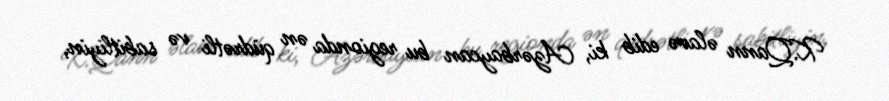
K.Qann əlavə edib ki, Azərbaycan bu regionda ən qüdrətli və sabitliyin,